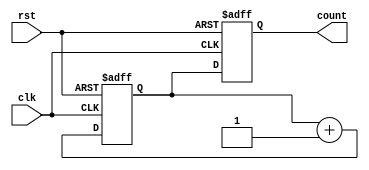
module gray_counter (
    input wire clk,
    input wire rst,
    output reg [N-1:0] count
);

parameter N = 4; // Number of bits for the gray counter

reg [N-1:0] next_state;

always @ (posedge clk or posedge rst) begin
    if (rst) begin
        count <= 0;
        next_state <= 0;
    end else begin
        count <= next_state;
        next_state <= next_state + 1;
    end
end

endmodule